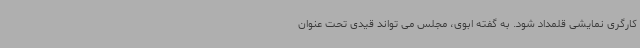
کارگری نمایشی قلمداد شود. به گفته ابوی، مجلس می تواند قیدی تحت عنوان